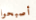
أصبحوا